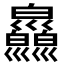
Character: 𢀎